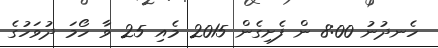
ހެނދުނު 8:00 ން ފެށިގެން 2015 މެއި 25 ވާ ހޯމަ ދުވަހުގެ